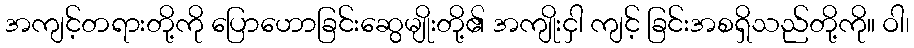
အကျင့်တရားတို့ကို ပြောဟောခြင်းဆွေမျိုးတို့၏ အကျိုးငှါ ကျင့် ခြင်းအစရှိသည်တို့ကို။ ဝါ၊